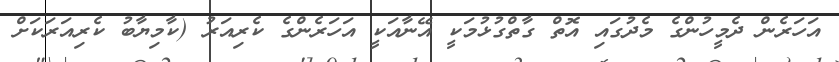
އަހަރެެެން ދެމީހުންގެ މެދުގައި އޮތް ގާތްގުޅުމަކީ އޭނާއަކީ އަހަރެންގެ ކެރިއަރު (ކާމިޔާބު ކެރިއަރަކަށް